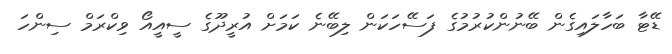
ޑޭޓާ ބަހާލައިގެން ބޭނުންކުުރުމުގެ ފަސޭހަކަން ލިބޭނެ ކަމަށް އުރީދޫގެ ސީއީއޯ ވިކްރަމް ސިންހަ